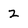
Character: 2